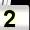
Digit: 2